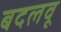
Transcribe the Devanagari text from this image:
बदलवू